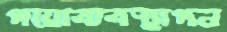
পয়োব্যবস্থাপন